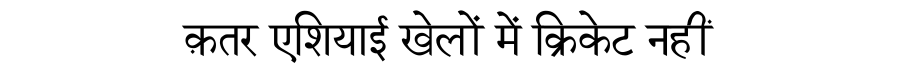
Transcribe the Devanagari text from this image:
क़तर एशियाई खेलों में क्रिकेट नहीं